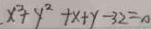
. x ^ { 2 } + y ^ { 2 } + x + y - 3 2 = 0